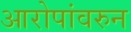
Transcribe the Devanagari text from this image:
आरोपांवरुन